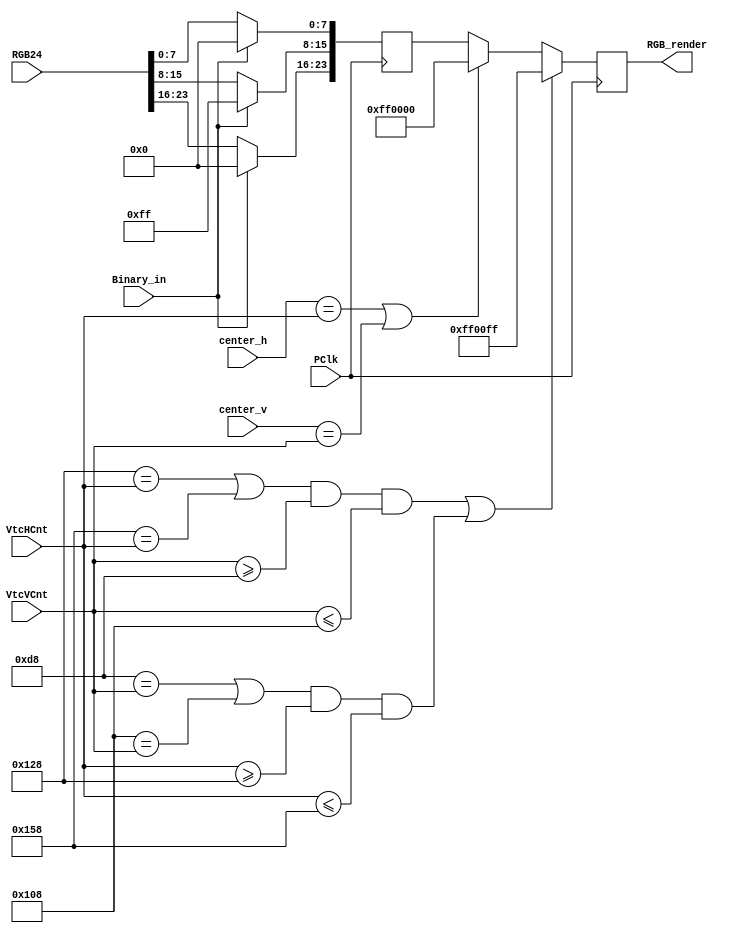
`timescale 1ns / 1ps

module render(
    input               PClk,
    input [23:0]        RGB24,
    input               Binary_in,
    input [11:0]        VtcHCnt,
    input [11:0]        VtcVCnt,
    input [11:0]        center_h,  	
    input [11:0]        center_v,		
    output reg [23:0]   RGB_render
    );
	 
reg [23:0]      RGB_render_temp;

always@(posedge PClk) begin
    if(Binary_in==1) begin
        RGB_render_temp[23:16]  <= 0;
        RGB_render_temp[15:8]	<= 255;
        RGB_render_temp[7:0] 	<= 0;
    end
    else begin
        RGB_render_temp[23:16]  <= RGB24[23:16];
        RGB_render_temp[15:8]	<= RGB24[15:8];
        RGB_render_temp[7:0] 	<= RGB24[7:0];
    end
    
    if ((320-24==VtcHCnt||320+24==VtcHCnt) && VtcVCnt>=240-24&&VtcVCnt<=240+24 
    ||(240-24==VtcVCnt||240+24==VtcVCnt) && VtcHCnt>=320-24&&VtcHCnt<=320+24  )begin
        RGB_render <= 24'b11111111_00000000_11111111;
    end
    else  if(center_h==VtcHCnt | center_v==VtcVCnt)
        RGB_render <= 24'b11111111_00000000_00000000;
    else
        RGB_render <= RGB_render_temp;

end


endmodule